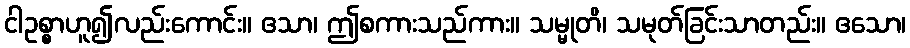
ငါဥစ္စာဟူ၍လည်းကောင်း။ ဧသာ၊ ဤစကားသည်ကား။ သမ္မုတိ၊ သမုတ်ခြင်းသာတည်း။ ဧသော၊